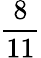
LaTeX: \frac{8}{11}